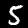
Label: 5